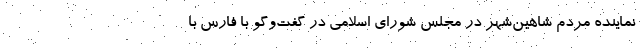
نماینده مردم شاهین‌شهر در مجلس شورای اسلامی در گفت‌وگو با فارس با